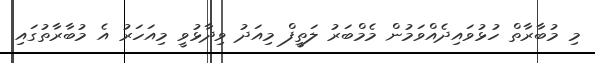
މި މުބާރާތް ހުޅުވައިދެއްވަމުން މެމްބަރު ލަތީފް މިއަދު ވިދާޅުވީ މިއަހަރު އެ މުބާރާތުގައި